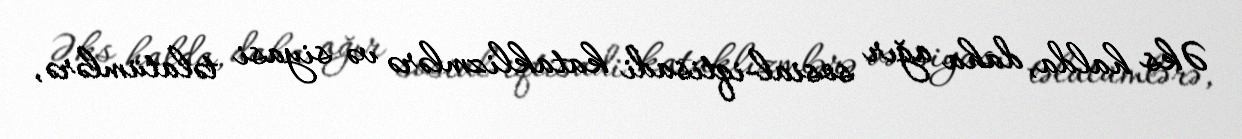
Əks halda, daha ağır sosial-iqtisadi kataklizmlərə və siyasi təlatümlərə,